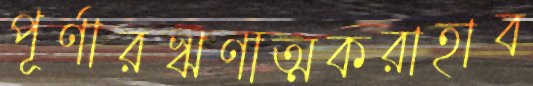
পূর্ণারঋণাত্মকরাহাব